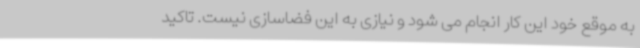
به موقع خود این کار انجام می شود و نیازی به این فضاسازی نیست. تاکید